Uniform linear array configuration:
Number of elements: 24
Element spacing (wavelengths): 0.75
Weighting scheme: kaiser
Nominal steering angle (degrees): -60
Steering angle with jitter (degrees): -59.206
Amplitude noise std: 0.05
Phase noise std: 0.05

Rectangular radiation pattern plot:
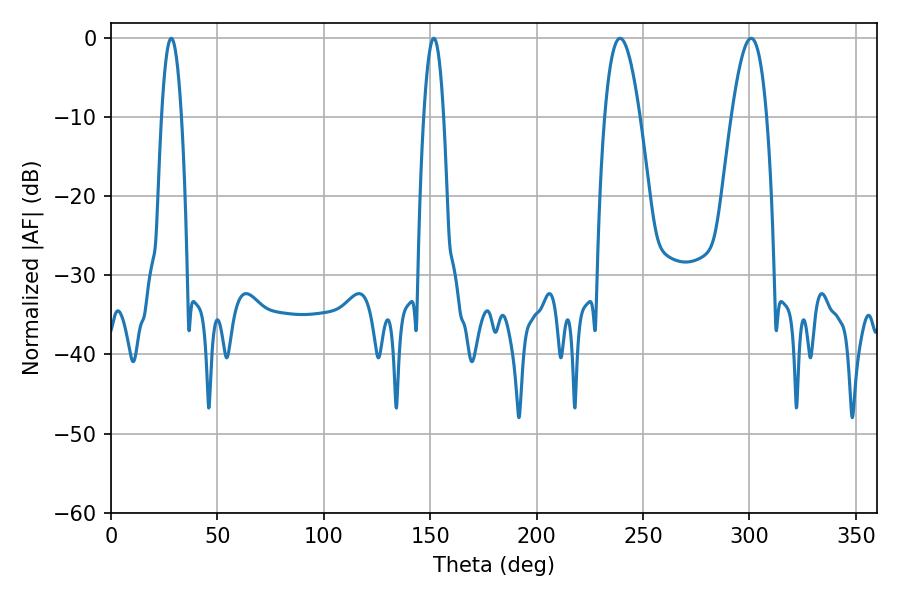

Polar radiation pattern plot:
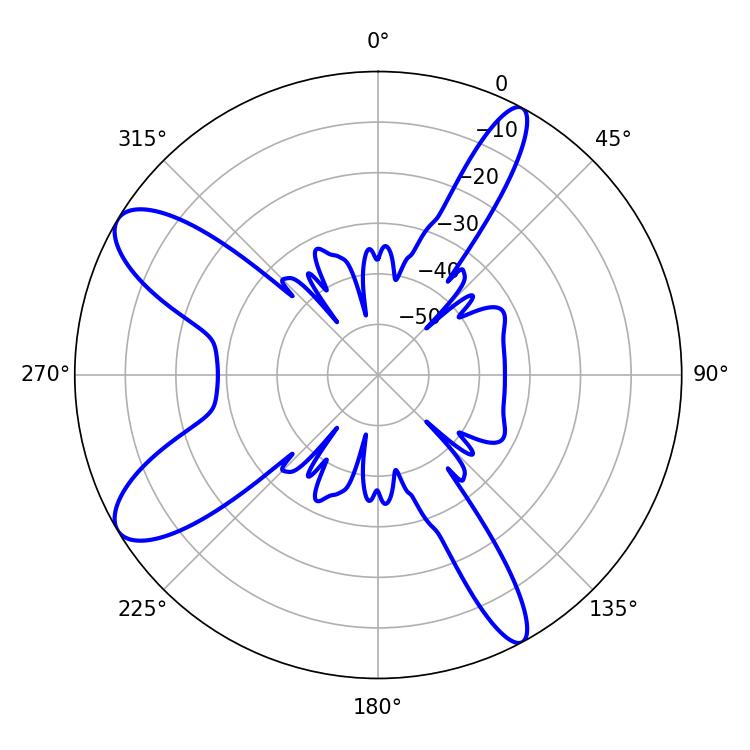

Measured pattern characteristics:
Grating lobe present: TRUE
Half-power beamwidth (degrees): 9
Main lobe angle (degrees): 239.22